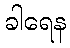
ခါရေန